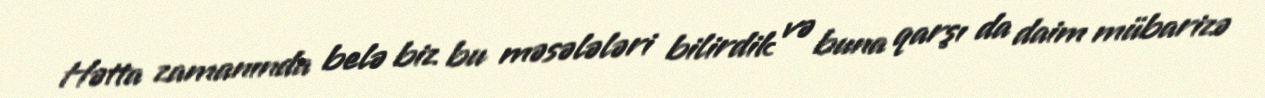
Hətta zamanında belə biz bu məsələləri bilirdik və buna qarşı da daim mübarizə